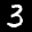
Label: 3